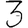
Digit: 3